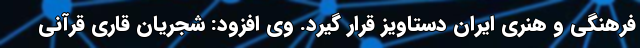
فرهنگی و هنری ایران دستاویز قرار گیرد. وی افزود: شجریان قاری قرآنی